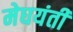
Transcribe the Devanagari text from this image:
मेघयंती